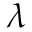
\lambda